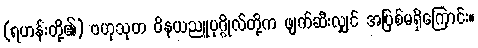
(ရဟန်းတို့၏) ဗဟုသုတ ဝိနယညူပုဂ္ဂိုလ်တို့က ဖျက်ဆီးလျှင် အပြစ်မရှိကြောင်း။